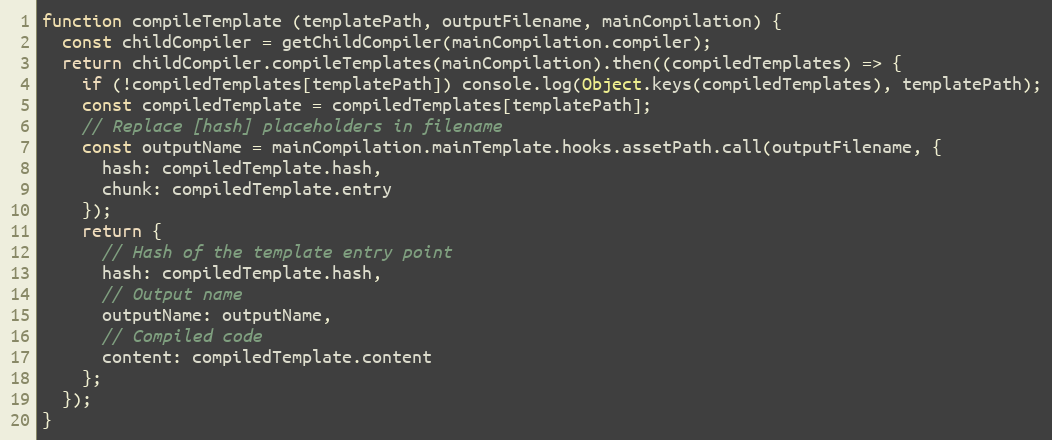
Language: JavaScript
function compileTemplate (templatePath, outputFilename, mainCompilation) {
  const childCompiler = getChildCompiler(mainCompilation.compiler);
  return childCompiler.compileTemplates(mainCompilation).then((compiledTemplates) => {
    if (!compiledTemplates[templatePath]) console.log(Object.keys(compiledTemplates), templatePath);
    const compiledTemplate = compiledTemplates[templatePath];
    // Replace [hash] placeholders in filename
    const outputName = mainCompilation.mainTemplate.hooks.assetPath.call(outputFilename, {
      hash: compiledTemplate.hash,
      chunk: compiledTemplate.entry
    });
    return {
      // Hash of the template entry point
      hash: compiledTemplate.hash,
      // Output name
      outputName: outputName,
      // Compiled code
      content: compiledTemplate.content
    };
  });
}